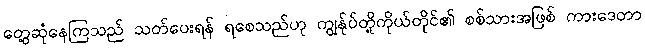
တွေ့ဆုံနေကြသည် သတ်ပေးရန် ရစေသည်ဟု ကျွန်ုပ်တို့ကိုယ်တိုင်၏ စစ်သားအဖြစ် ကားဒေတာ